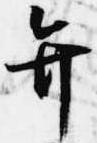
弁